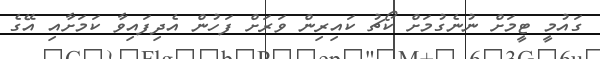
ގައުމީ ޓީމަށް ނުނެގުމަށް ކޯޗު ކައިރިން ވަރަށް ފަހުން އެދިފައިވާ ކަމަށާއި އޭގެ